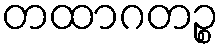
တထာဂတဉ္စ